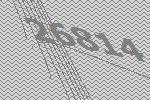
26814